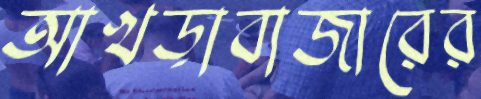
আখড়াবাজারের